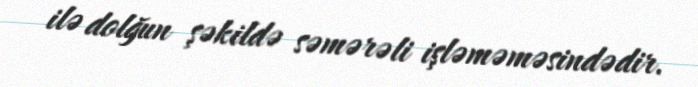
ilə dolğun şəkildə səmərəli işləməməsindədir.